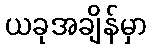
ယခုအချိန်မှာ